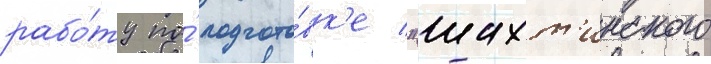
рабо́ту по́ подгото́вк'е "шахт'инского